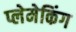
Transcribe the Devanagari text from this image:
प्लेमेकिंग